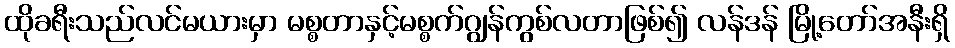
ထိုခရီးသည်လင်မယားမှာ မစ္စတာနှင့်မစ္စက်ဂျွန်ကွစ်လတာဖြစ်၍ လန်ဒန် မြို့တော်အနီးရှိ